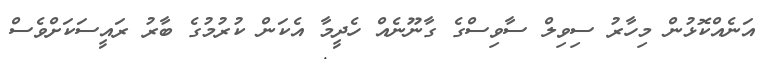
އަނެއްކޮޅުން މިހާރު ސިވިލް ސާވިސްގެ ގާނޫނެއް ހެދީމާ އެކަން ކުރުމުގެ ބާރު ރައީސަކަށްވެސް